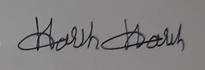
Signature authenticity: forged